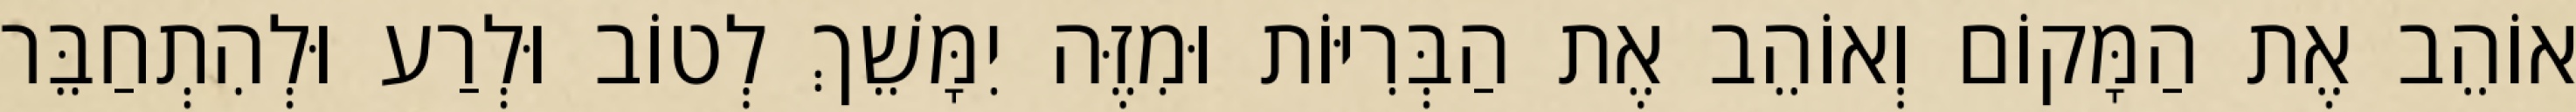
אוֹהֵב אֶת הַמָּקוֹם וְאוֹהֵב אֶת הַבְּרִיּוֹת וּמִזֶּה יִמָּשֵׁךְ לְטוֹב וּלְרַע וּלְהִתְחַבֵּר